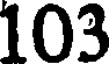
103